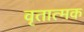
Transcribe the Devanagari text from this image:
वृतात्मक